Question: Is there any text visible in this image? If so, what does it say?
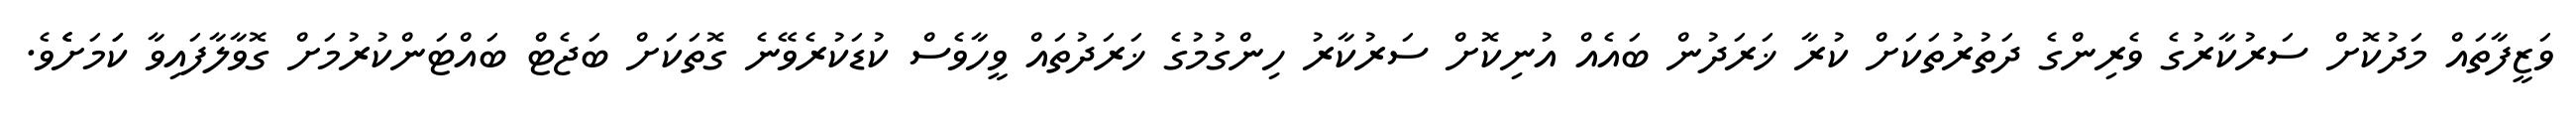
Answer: ވަޒީފާތައް މަދުކޮށް ސަރުކާރުގެ ވެރިންގެ ދަތުރުތަކަށް ކުރާ ޚަރަދުން ބައެއް އުނިކޮށް ސަރުކާރު ހިންގުމުގެ ޚަރަދުތައް ވީހާވެސް ކުޑަކުރެވޭނެ ގޮތަކަށް ބަޖެޓް ބައްޓަންކުރުމަށް ގޮވާލާފައިވާ ކަަމަށެެެވެ.